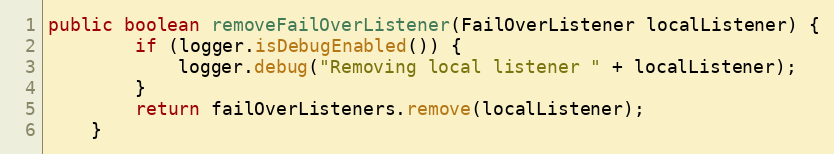
Language: Java
public boolean removeFailOverListener(FailOverListener localListener) {
		if (logger.isDebugEnabled()) {
			logger.debug("Removing local listener " + localListener);
		}
		return failOverListeners.remove(localListener);
	}